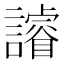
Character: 䜜